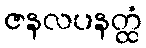
ဇနလပနတ္ထံ